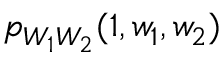
p _ { W _ { 1 } W _ { 2 } } ( 1 , w _ { 1 } , w _ { 2 } )